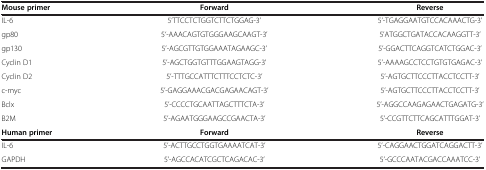
<table><thead><tr><td><b>Mouse primer</b></td><td><b>Forward</b></td><td><b>Reverse</b></td></tr></thead><tbody><tr><td>IL-6</td><td>5’TTCCTCTGGTCTTCTGGAG-3’</td><td>5’-TGAGGAATGTCCACAAACTG-3’</td></tr><tr><td>gp80</td><td>5‘-AAACAGTGTGGGAAGCAAGT-3’</td><td>5’ATGGCTGATACCACAAGGTT-3’</td></tr><tr><td>gp130</td><td>5’-AGCGTTGTGGAAATAGAAGC-3’</td><td>5’-GGACTTCAGGTCATCTGGAC-3’</td></tr><tr><td>Cyclin D1</td><td>5’-AGCTGGTGTTTGGAAGTAGG-3’</td><td>5’-AAAAGCCTCCTGTGTGAGAC-3’</td></tr><tr><td>Cyclin D2</td><td>5’-TTTGCCATTTCTTTCCTCTC-3’</td><td>5’-AGTGCTTCCCTTACCTCCTT-3’</td></tr><tr><td>c-myc</td><td>5’-GAGGAAACGACGAGAACAGT-3’</td><td>5’-AGTGCTTCCCTTACCTCCTT-3’</td></tr><tr><td>Bclx</td><td>5’-CCCCTGCAATTAGCTTTCTA-3’</td><td>5’-AGGCCAAGAGAACTGAGATG-3’</td></tr><tr><td>B2M</td><td>5’-AGAATGGGAAGCCGAACTA-3’</td><td>5’-CCGTTCTTCAGCATTTGGAT-3’</td></tr><tr><td><b>Human primer</b></td><td><b>Forward</b></td><td><b>Reverse</b></td></tr><tr><td>IL-6</td><td>5’-ACTTGCCTGGTGAAAATCAT-3’</td><td>5’-CAGGAACTGGATCAGGACTT-3’</td></tr><tr><td>GAPDH</td><td>5’-AGCCACATCGCTCAGACAC-3’</td><td>5’-GCCCAATACGACCAAATCC-3’</td></tr></tbody></table>